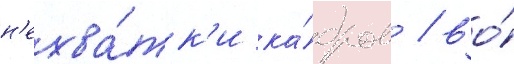
н'ехва́тк'и ка́дров / во́